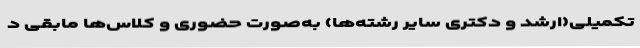
تکمیلی(ارشد و دکتری سایر رشته‌ها) به‌صورت حضوری و کلاس‌ها مابقی د